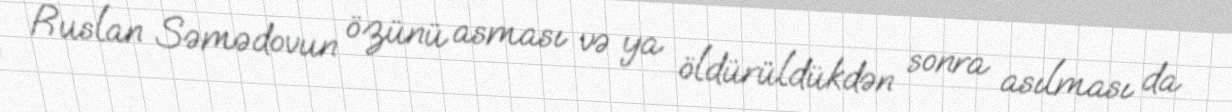
Ruslan Səmədovun özünü asması və ya öldürüldükdən sonra asılması da